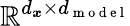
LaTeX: \mathbb{R}^{d_{\boldsymbol{x}}\times d_{\mathrm{~m~o~d~e~l~}}}